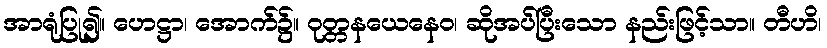
အာရုံပြု၍။ ဟေဋ္ဌာ၊ အောက်၌။ ဝုတ္တနယေနေဝ၊ ဆိုအပ်ပြီးသော နည်းဖြင့်သာ။ တီဟိ၊